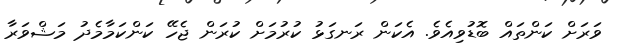
ވަރަށް ކަންތައް ބޮޑުވިއެވެ. އެކަން ރަނގަޅު ކުރުމަށް ކުރަން ޖެހޭ ކަންކަމާމެދު މަޝްވަރާ